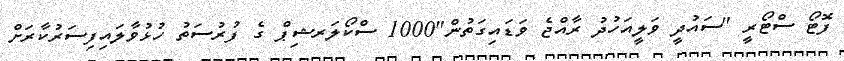
ފޮޓޯ ސްޓޯރީ "ސައުދީ ވަލީއަހުދު ރާއްޖެ ވަޑައިގަތުން"1000 ސްކޯލަރޝިޕް ގެ ފުރުސަތު ހުޅުވާލައިފިސަރުކާރަށް